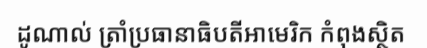
ដូណាល់ ត្រាំប្រធានាធិបតីអាមេរិក កំពុងស្ថិត